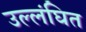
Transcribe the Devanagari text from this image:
उल्लंघित